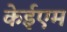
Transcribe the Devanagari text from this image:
केईएम